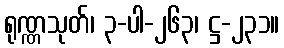
ရုဏ္ဏသုတ်၊ ၃-ပါ-၂၆၃၊ ဋ္ဌ-၂၃၁။